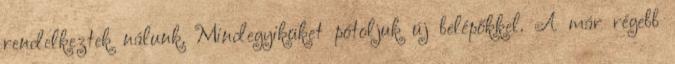
rendelkeztek nálunk. Mindegyiküket pótoljuk új belépőkkel. A már régebb